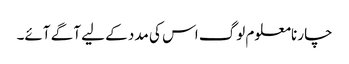
چار نامعلوم لوگ اس کی مدد کے لیے آگے آئے۔